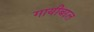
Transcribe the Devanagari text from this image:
गायीबद्दल